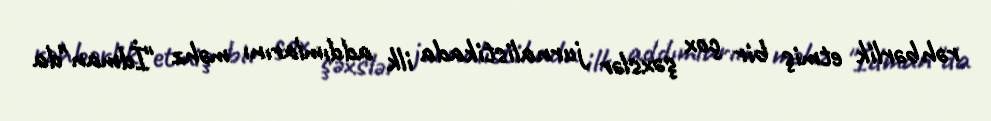
rəhbərlik etmiş bir çox şəxslər jurnalistikada ilk addımlarını məhz "İdman"da